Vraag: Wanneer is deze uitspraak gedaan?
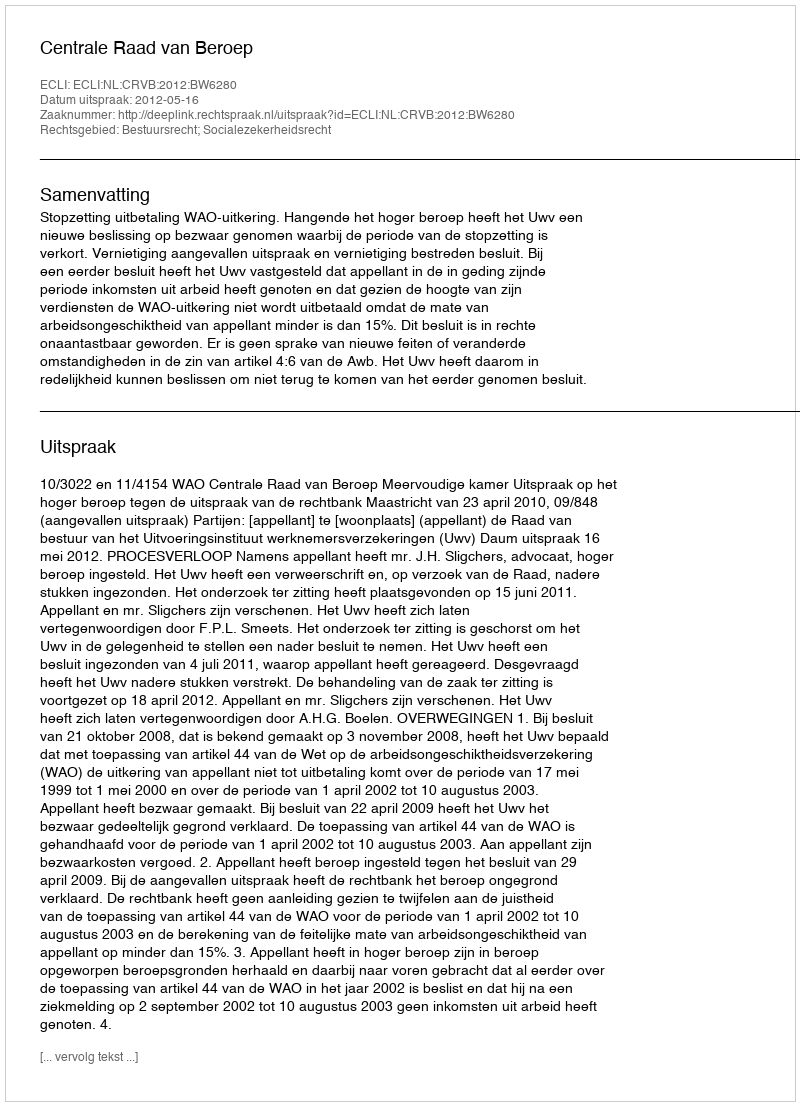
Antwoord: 2012-05-16